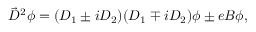
\vec { D } ^ { 2 } \phi = ( D _ { 1 } \pm i D _ { 2 } ) ( D _ { 1 } \mp i D _ { 2 } ) \phi \pm e B \phi ,